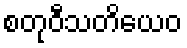
စတုဝီသတိယေဝ